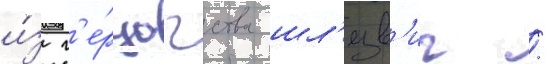
и́з г'е́рцогства шл'езв'иг /